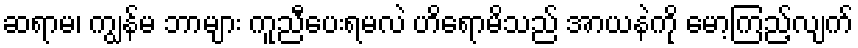
ဆရာမ၊ ကျွန်မ ဘာများ ကူညီပေးရမလဲ ဟိရောမိသည် အာယနဲကို မော့ကြည့်လျက်